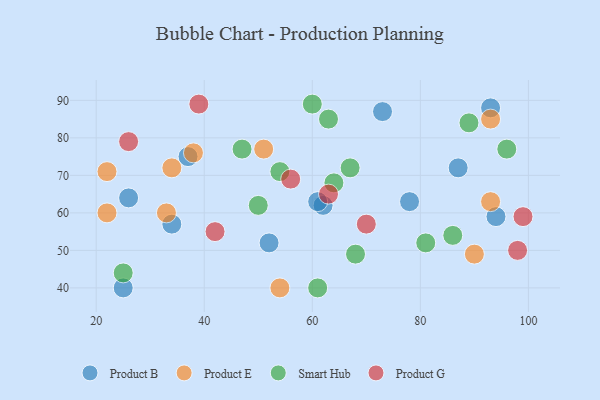
{"axis": {"x": "GDP", "y": "Life Expectancy"}, "legend": ["Product B", "Product E", "Product G", "Smart Hub"], "data": [{"x": "37", "y": 75, "type": "Product B"}, {"x": "25", "y": 40, "type": "Product B"}, {"x": "62", "y": 62, "type": "Product B"}, {"x": "26", "y": 64, "type": "Product B"}, {"x": "87", "y": 72, "type": "Product B"}, {"x": "34", "y": 57, "type": "Product B"}, {"x": "94", "y": 59, "type": "Product B"}, {"x": "93", "y": 88, "type": "Product B"}, {"x": "52", "y": 52, "type": "Product B"}, {"x": "73", "y": 87, "type": "Product B"}, {"x": "61", "y": 63, "type": "Product B"}, {"x": "78", "y": 63, "type": "Product B"}, {"x": "34", "y": 72, "type": "Product E"}, {"x": "22", "y": 71, "type": "Product E"}, {"x": "93", "y": 85, "type": "Product E"}, {"x": "51", "y": 77, "type": "Product E"}, {"x": "93", "y": 63, "type": "Product E"}, {"x": "22", "y": 60, "type": "Product E"}, {"x": "38", "y": 76, "type": "Product E"}, {"x": "54", "y": 40, "type": "Product E"}, {"x": "33", "y": 60, "type": "Product E"}, {"x": "90", "y": 49, "type": "Product E"}, {"x": "63", "y": 85, "type": "Smart Hub"}, {"x": "81", "y": 52, "type": "Smart Hub"}, {"x": "64", "y": 68, "type": "Smart Hub"}, {"x": "54", "y": 71, "type": "Smart Hub"}, {"x": "47", "y": 77, "type": "Smart Hub"}, {"x": "25", "y": 44, "type": "Smart Hub"}, {"x": "50", "y": 62, "type": "Smart Hub"}, {"x": "60", "y": 89, "type": "Smart Hub"}, {"x": "68", "y": 49, "type": "Smart Hub"}, {"x": "96", "y": 77, "type": "Smart Hub"}, {"x": "89", "y": 84, "type": "Smart Hub"}, {"x": "67", "y": 72, "type": "Smart Hub"}, {"x": "61", "y": 40, "type": "Smart Hub"}, {"x": "86", "y": 54, "type": "Smart Hub"}, {"x": "26", "y": 79, "type": "Product G"}, {"x": "39", "y": 89, "type": "Product G"}, {"x": "42", "y": 55, "type": "Product G"}, {"x": "63", "y": 65, "type": "Product G"}, {"x": "56", "y": 69, "type": "Product G"}, {"x": "99", "y": 59, "type": "Product G"}, {"x": "98", "y": 50, "type": "Product G"}, {"x": "70", "y": 57, "type": "Product G"}]}